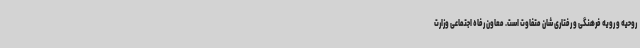
روحیه و رویه فرهنگی و رفتاری شان متفاوت است. معاون رفاه اجتماعی وزارت